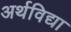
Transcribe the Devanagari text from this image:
अर्थविद्या